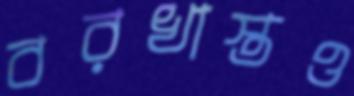
বরখাস্তও